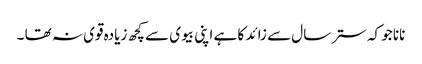
نانا جو کہ ستر سال سے زائد کا ہے اپنی بیوی سے کچھ زیادہ قوی نہ تھا ۔